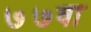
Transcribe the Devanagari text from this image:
७७वा